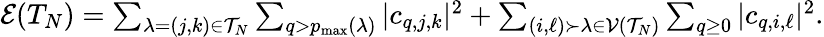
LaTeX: \begin{array}{r}{\mathcal{E}(T_{N})=\sum_{\lambda=(j,k)\in\mathcal{T}_{N}}\sum_{q>p_{\operatorname*{max}}(\lambda)}\vert c_{q,j,k}\vert^{2}+\sum_{(i,\ell)\succ\lambda\in\mathcal{V}(\mathcal{T}_{N})}\sum_{q\geq 0}\vert c_{q,i,\ell}\vert^{2}.}\end{array}